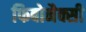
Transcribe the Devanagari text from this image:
फिबोनैक्सी